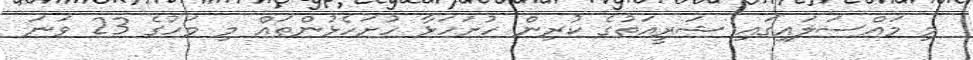
މި މައްސަލައިގައި ޝަރީއަތުގެ ކުރިން ހުށަހަޅާ ހުށަހެޅުންތައް މި މަހުގެ 23 ވަނަ